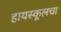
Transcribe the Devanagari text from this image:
हायस्कूलचा